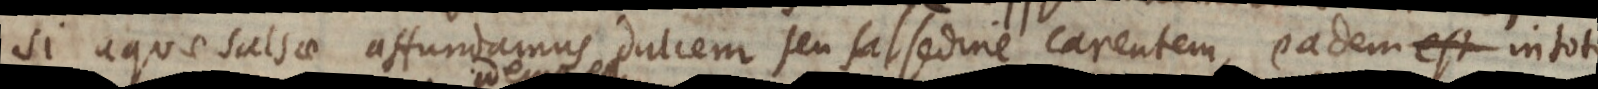
si aquae salsae affundamus dulcem seu salsedine carentem, eadem manet